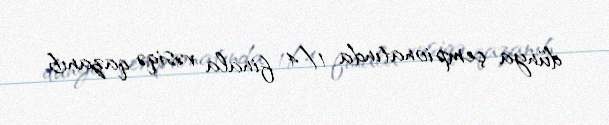
dünya çempionatında 1/4 finala vəsiqə qazanıb.